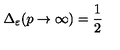
\Delta _ { \varepsilon } ( p \rightarrow \infty ) = \frac { 1 } { 2 }